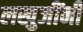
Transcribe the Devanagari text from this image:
लखुजींनी